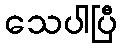
သေပါပြီ